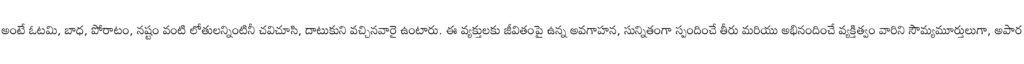
అంటే ఓటమి, బాధ, పోరాటం, నష్టం వంటి లోతులన్నింటినీ చవిచూసి, దాటుకుని వచ్చినవారై ఉంటారు. ఈ వ్యక్తులకు జీవితంపై ఉన్న అవగాహన, సున్నితంగా స్పందించే తీరు మరియు అభినందించే వ్యక్తిత్వం వారిని సౌమ్యమూర్తులుగా, అపార